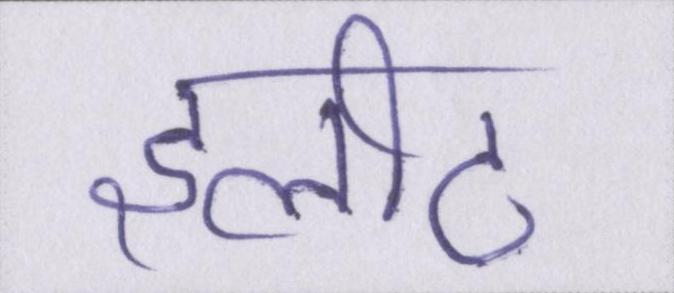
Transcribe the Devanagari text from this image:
इलीट